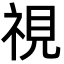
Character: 視